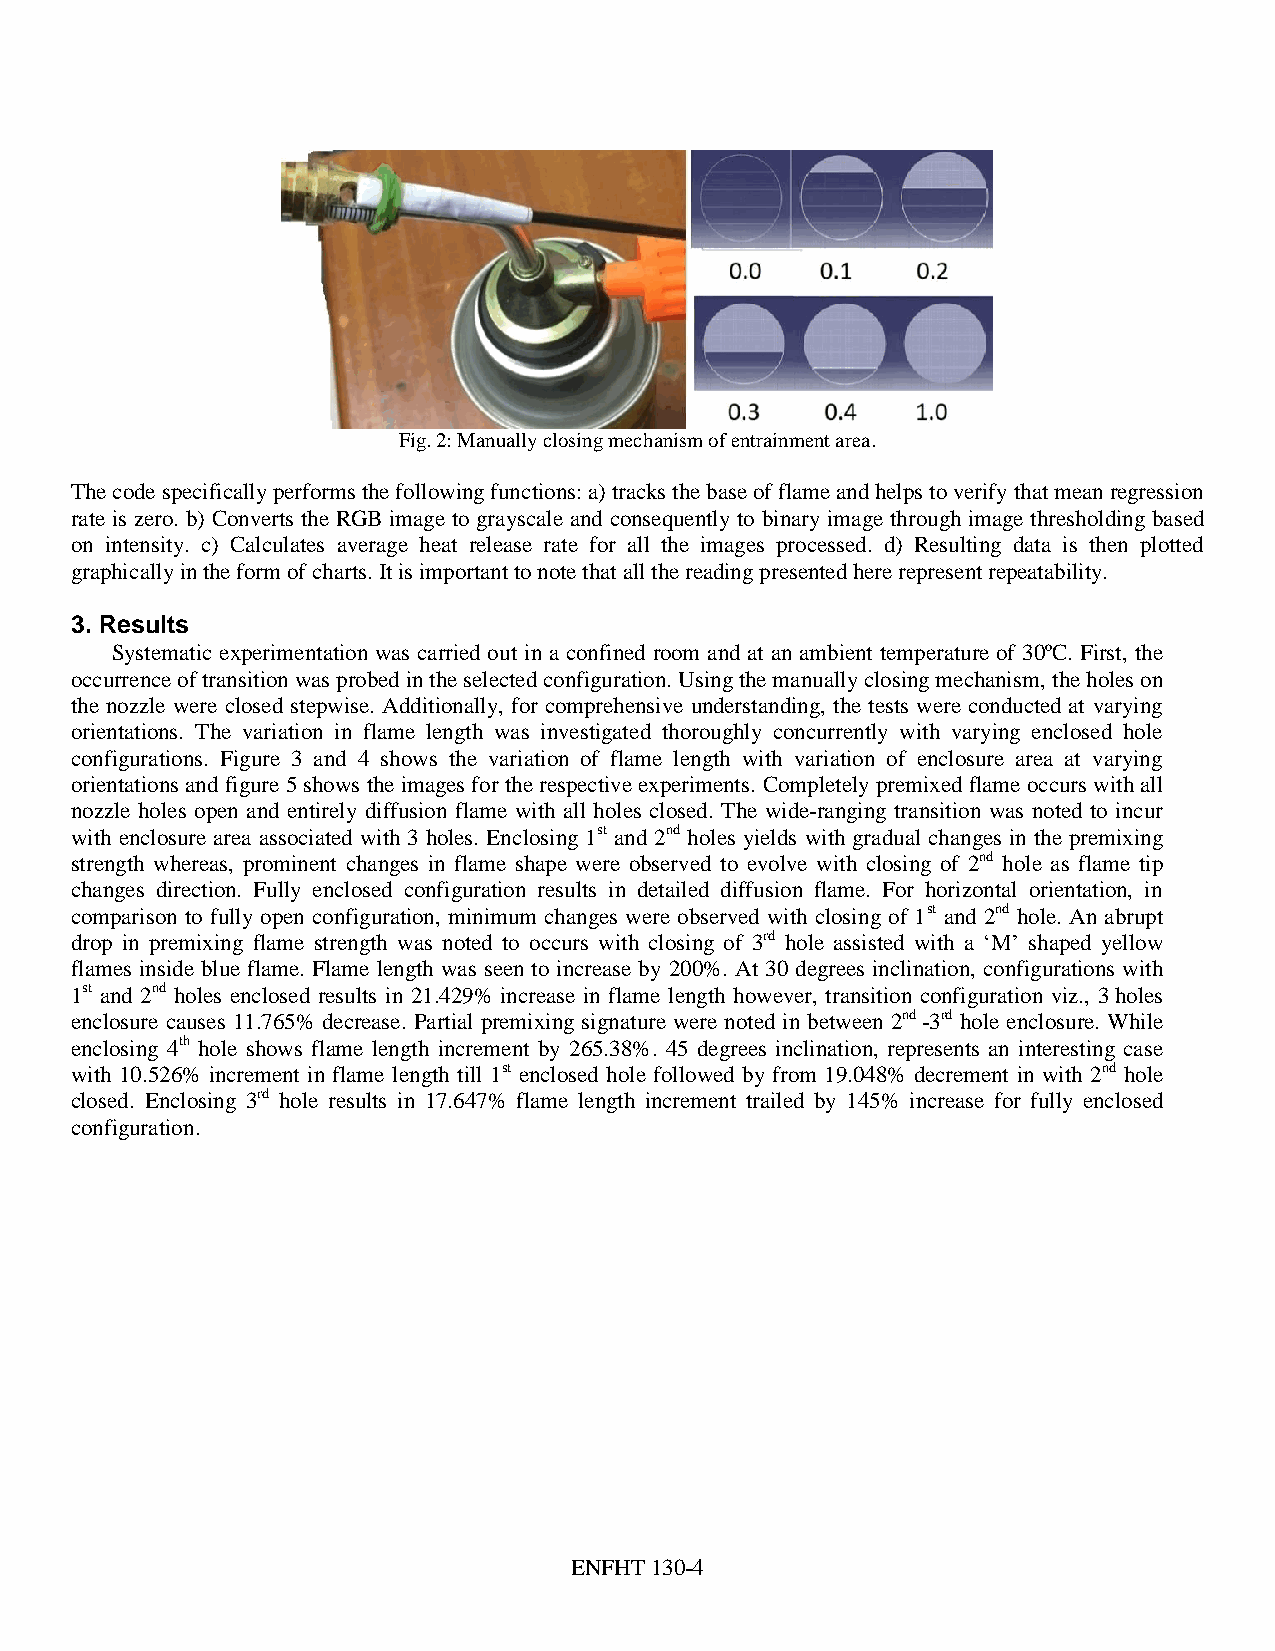
Fig. 2: Manually closing mechanism of entrainment area.
 The code specifically performs the following functions: a) tracks the base of flame and helps to verify that mean regression
 rate is zero. b) Converts the RGB image to grayscale and consequently to binary image through image thresholding based
 on intensity. c) Calculates average heat release rate for all the images processed. d) Resulting data is then plotted
 graphically in the form of charts. It is important to note that all the reading presented here represent repeatability.
 3. Results
 Systematic experimentation was carried out in a confined room and at an ambient temperature of 30ºC. First, the
 occurrence of transition was probed in the selected configuration. Using the manually closing mechanism, the holes on
 the nozzle were closed stepwise. Additionally, for comprehensive understanding, the tests were conducted at varying
 orientations. The variation in flame length was investigated thoroughly concurrently with varying enclosed hole
 configurations. Figure 3 and 4 shows the variation of flame length with variation of enclosure area at varying
 orientations and figure 5 shows the images for the respective experiments. Completely premixed flame occurs with all
 nozzle holes open and entirely diffusion flame with all holes closed. The wide-ranging transition was noted to incur
 with enclosure area associated with 3 holes. Enclosing 1st and 2nd holes yields with gradual changes in the premixing
 strength whereas, prominent changes in flame shape were observed to evolve with closing of 2nd hole as flame tip
 changes direction. Fully enclosed configuration results in detailed diffusion flame. For horizontal orientation, in
 comparison to fully open configuration, minimum changes were observed with closing of 1st and 2nd hole. An abrupt
 drop in premixing flame strength was noted to occurs with closing of 3rd hole assisted with a ‘M’ shaped yellow
 flames inside blue flame. Flame length was seen to increase by 200%. At 30 degrees inclination, configurations with
 1st and 2nd holes enclosed results in 21.429% increase in flame length however, transition configuration viz., 3 holes
 enclosure causes 11.765% decrease. Partial premixing signature were noted in between 2nd -3rd hole enclosure. While
 enclosing 4th hole shows flame length increment by 265.38%. 45 degrees inclination, represents an interesting case
 with 10.526% increment in flame length till 1st enclosed hole followed by from 19.048% decrement in with 2nd hole
 closed. Enclosing 3rd hole results in 17.647% flame length increment trailed by 145% increase for fully enclosed
 configuration.
 ENFHT 130-4